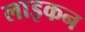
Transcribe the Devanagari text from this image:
लाइकन